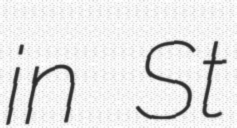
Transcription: in St